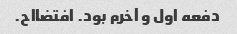
دفعه اول و آخرم بود. افتضااح.